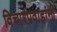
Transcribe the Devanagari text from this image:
विचारप्रवाहांनी